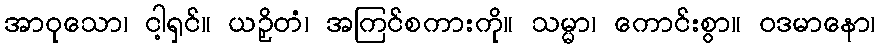
အာဝုသော၊ ငါ့ရှင်။ ယဉှိတံ၊ အကြင်စကားကို။ သမ္မာ၊ ကောင်းစွာ။ ဝဒမာနော၊